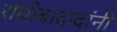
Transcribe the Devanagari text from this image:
राघोबादादांनी